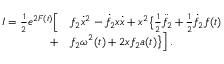
\begin{array} { r l } { I = { \textstyle \frac { 1 } { 2 } } e ^ { 2 F ( t ) } \Big [ } & { f _ { 2 } \dot { x } ^ { 2 } - \dot { f } _ { 2 } x \dot { x } + x ^ { 2 } \big \{ { \textstyle \frac { 1 } { 2 } } \ddot { f } _ { 2 } + { \textstyle \frac { 1 } { 2 } } \dot { f } _ { 2 } f ( t ) } \\ { + } & { f _ { 2 } \omega ^ { 2 } ( t ) + 2 x f _ { 2 } a ( t ) \big \} \Big ] \, . } \end{array}